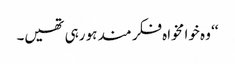
‘‘ وہ خوا مخواہ فکر مند ہو رہی تھیں۔